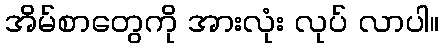
အိမ်စာတွေကို အားလုံး လုပ် လာပါ။